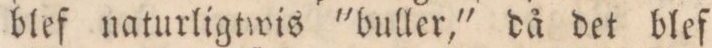
blef naturligtwis 'buller,' då det blef